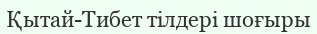
Қытай-Тибет тілдері шоғыры